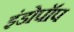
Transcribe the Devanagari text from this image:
इंडोपॉप